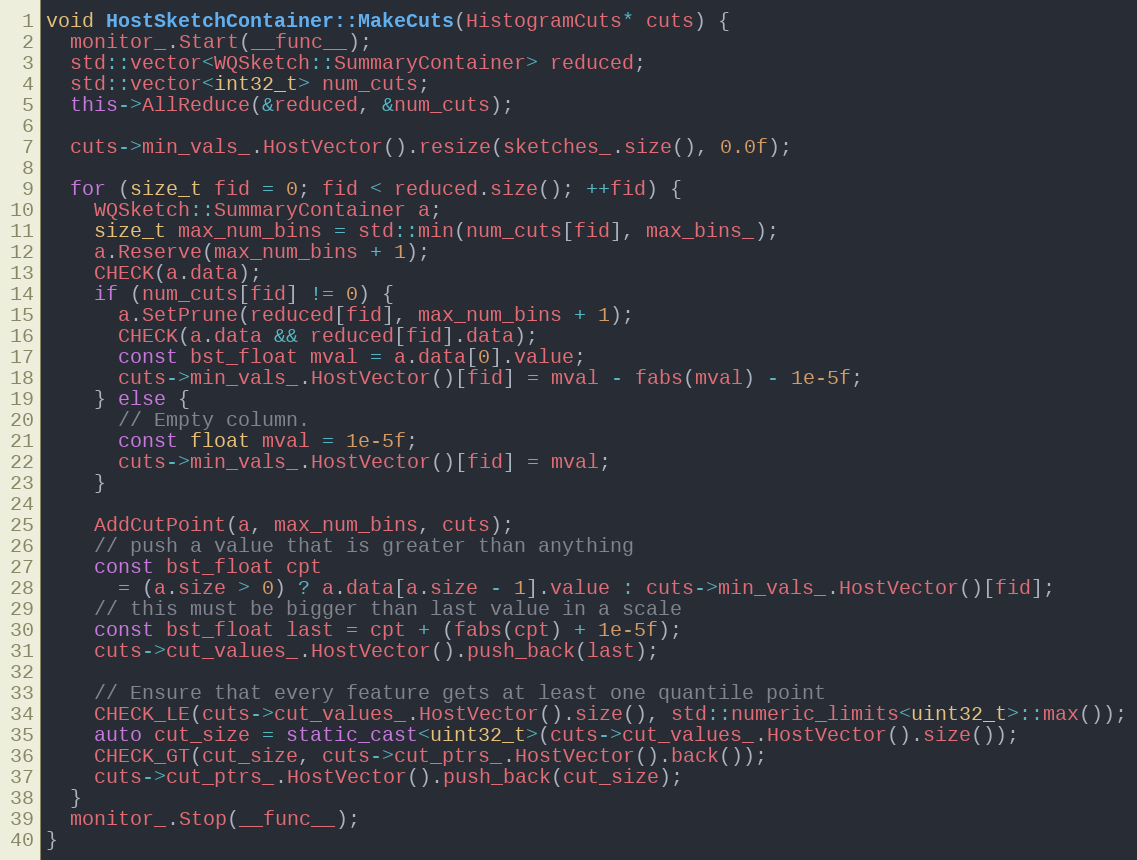
Language: C++
void HostSketchContainer::MakeCuts(HistogramCuts* cuts) {
  monitor_.Start(__func__);
  std::vector<WQSketch::SummaryContainer> reduced;
  std::vector<int32_t> num_cuts;
  this->AllReduce(&reduced, &num_cuts);

  cuts->min_vals_.HostVector().resize(sketches_.size(), 0.0f);

  for (size_t fid = 0; fid < reduced.size(); ++fid) {
    WQSketch::SummaryContainer a;
    size_t max_num_bins = std::min(num_cuts[fid], max_bins_);
    a.Reserve(max_num_bins + 1);
    CHECK(a.data);
    if (num_cuts[fid] != 0) {
      a.SetPrune(reduced[fid], max_num_bins + 1);
      CHECK(a.data && reduced[fid].data);
      const bst_float mval = a.data[0].value;
      cuts->min_vals_.HostVector()[fid] = mval - fabs(mval) - 1e-5f;
    } else {
      // Empty column.
      const float mval = 1e-5f;
      cuts->min_vals_.HostVector()[fid] = mval;
    }

    AddCutPoint(a, max_num_bins, cuts);
    // push a value that is greater than anything
    const bst_float cpt
      = (a.size > 0) ? a.data[a.size - 1].value : cuts->min_vals_.HostVector()[fid];
    // this must be bigger than last value in a scale
    const bst_float last = cpt + (fabs(cpt) + 1e-5f);
    cuts->cut_values_.HostVector().push_back(last);

    // Ensure that every feature gets at least one quantile point
    CHECK_LE(cuts->cut_values_.HostVector().size(), std::numeric_limits<uint32_t>::max());
    auto cut_size = static_cast<uint32_t>(cuts->cut_values_.HostVector().size());
    CHECK_GT(cut_size, cuts->cut_ptrs_.HostVector().back());
    cuts->cut_ptrs_.HostVector().push_back(cut_size);
  }
  monitor_.Stop(__func__);
}